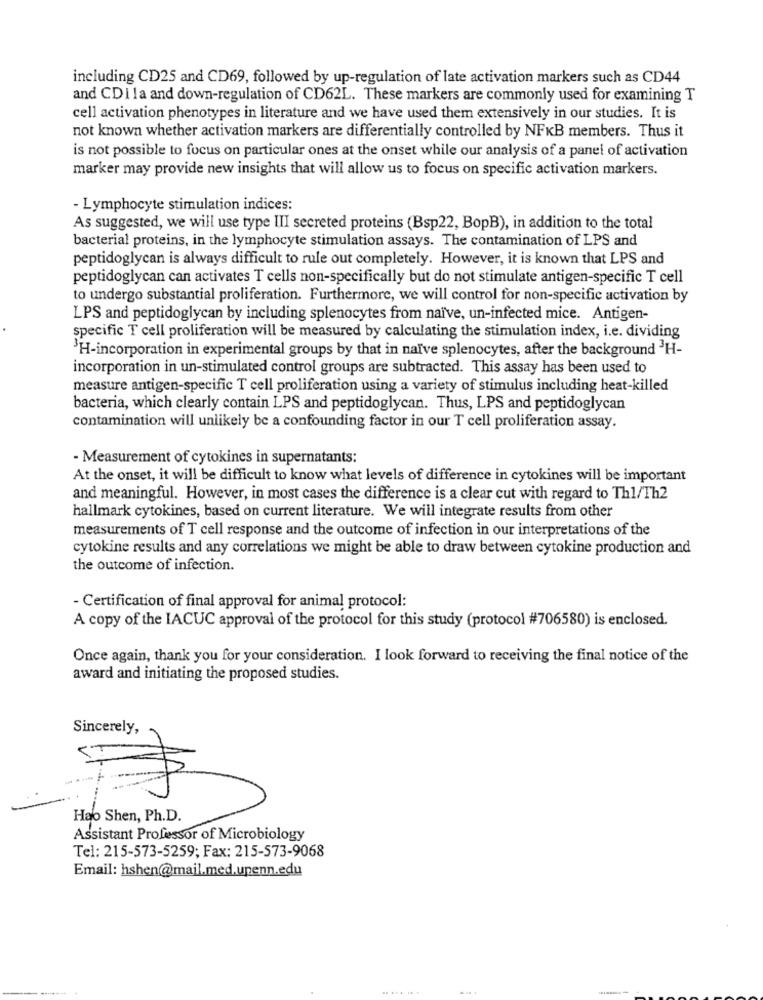
including CD25 and CD69, followed by up-regulation of late activation markers such as CD44
and CDI la and down-regulation of CD62L. These markers are commonly used for examining T
cell activation phenotypes in literature and we have used them extensively in our studies. It is
not known whether activation markers are differentially controlled by NFKB members. Thus it
is not possible to focus on particular ones at the onset while our analysis of a panel of activation
marker may provide new insights that will allow us to focus on specific activation markers.
- Lymphocyte stimulation indices:
As suggested, we will use type III secreted proteins (Bsp22, BopB), in addition to the total
bacterial proteins, in the lymphocyte stimulation assays. The contamination of LPS and
peptidoglycan is always difficult to rule out completely. However, it is known that LPS and
peptidoglycan can activates T cells non-specifically but do not stimulate antigen-specific T cell
to undergo substantial proliferation. Furthermore, we will control for non-specific activation by
LPS and peptidoglycan by including splenocytes from naïve, un-infected mice. Antigen-
specific T cell proliferation will be measured by calculating the stimulation index, i.e. dividing
3H-incorporation in experimental groups by that in naïve splenocytes, after the background 3H-
incorporation in un-stimulated control groups are subtracted. This assay has been used to
measure antigen-specific T cell proliferation using a variety of stimulus including heat-killed
bacteria, which clearly contain LPS and peptidoglycan. Thus, LPS and peptidoglycan
contamination will unlikely be a confounding factor in our T cell proliferation assay.
- Measurement of cytokines in supernatants:
At the onset, it will be difficult to know what levels of difference in cytokines will be important
and meaningful. However, in most cases the difference is a clear cut with regard to Th1/Th2
hallmark cytokines, based on current literature. We will integrate results from other
measurements of T cell response and the outcome of infection in our interpretations of the
cytokine results and any correlations we might be able to draw between cytokine production and
the outcome of infection.
- Certification of final approval for animal protocol:
A copy of the IACUC approval of the protocol for this study (protocol #706580) is enclosed.
Once again, thank you for your consideration. I look forward to receiving the final notice of the
award and initiating the proposed studies.
Sincerely,
Hao Shen, Ph.D.
Assistant Professor of Microbiology
Tel: 215-573-5259; Fax: 215-573-9068
Email: hshen@mail.med.upenn.edu
... .